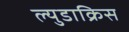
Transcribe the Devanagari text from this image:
ल्युडाक्रिस